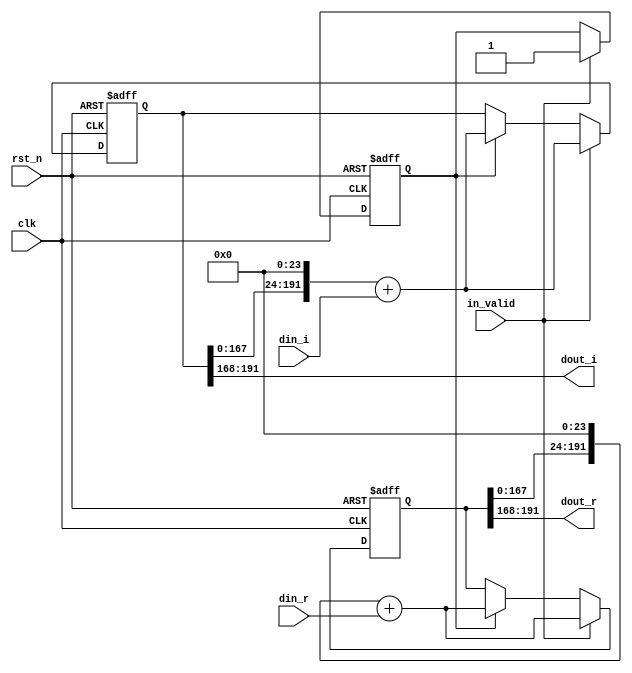
module shift_8(
	input                clk,
	input                rst_n,
	input                in_valid,
	input signed [23:0]  din_r,
	input signed [23:0]  din_i,
	output signed [23:0] dout_r,
	output signed [23:0] dout_i
);
////////////////////////////////////////////
// Internal signals
reg [191:0]              shift_reg_r;
reg [191:0]              shift_reg_i;
reg [191:0]              tmp_reg_r;
reg [191:0]              tmp_reg_i;
reg [4:0]                counter_8, next_counter_8;
reg                      valid, next_valid;
////////////////////////////////////////////
// Output logic
assign dout_r            = shift_reg_r[191:168];
assign dout_i            = shift_reg_i[191:168];
////////////////////////////////////////////
// Next state logic
always@(*) begin
    next_counter_8       = counter_8 + 4'd1;
    tmp_reg_r            = shift_reg_r;
    tmp_reg_i            = shift_reg_i;
    next_valid           = valid;
end
////////////////////////////////////////////
// State register
always@(posedge clk or negedge rst_n) begin
    if(~rst_n) begin
        shift_reg_r      <= 0;
        shift_reg_i      <= 0;
        counter_8        <= 0;
        valid            <= 0;
    end
    else 
    if (in_valid)begin
        counter_8        <= next_counter_8;
        shift_reg_r      <= (tmp_reg_r<<24) + din_r;
        shift_reg_i      <= (tmp_reg_i<<24) + din_i;
        valid            <= in_valid;
    end else if(valid)begin
        counter_8        <= next_counter_8;
        shift_reg_r      <= (tmp_reg_r<<24) + din_r;
        shift_reg_i      <= (tmp_reg_i<<24) + din_i;
        valid            <= next_valid;
    end
end
endmodule